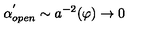
\alpha _ { o p e n } ^ { ^ { \prime } } \sim a ^ { - 2 } ( \varphi ) \rightarrow 0